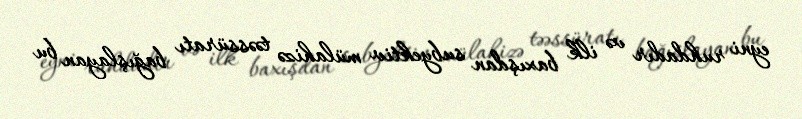
eyni ruhdadır və ilk baxışdan subyektiv mülahizə təəssüratı bağışlayan bu